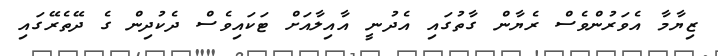
ޒިޔާމާ އެވަރުންވެސް ރެޔާން ގާތުގައި އެދުނީ އާއިލާއަށް ޓަކައިވެސް ދެކުދިން ގެ ދޭތެރޭގައި